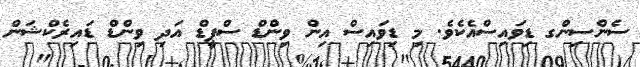
ސެންސިންގ ޑިވައިސްއެކެވެ. މި ޑިވައިސް އިން ވިންޑް ސްޕީޑް އަދި ވިންޑް ޑައިރެކްޝަން